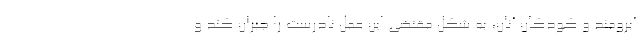
آبرومند و کودکان آنان، به شکل مقتضی این عمل نادرست را جبران کند و